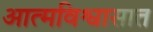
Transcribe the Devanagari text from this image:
आत्मविश्वासात